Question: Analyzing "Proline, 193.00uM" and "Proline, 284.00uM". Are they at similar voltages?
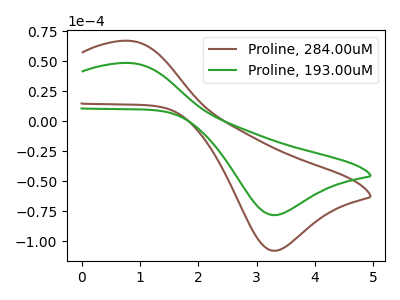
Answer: <think>The brown curve "Proline, 284.00uM" has an anodic peak at (0.80V, 67.25uA) and a cathodic peak at (3.30V, -107.95uA). The green curve "Proline, 193.00uM" has an anodic peak at (0.80V, 48.70uA) and a cathodic peak at (3.30V, -78.20uA).
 All the peaks in "Proline, 193.00uM" have a peak in "Proline, 284.00uM" at the same potential. Every peak in "Proline, 193.00uM" is lower than every peak in "Proline, 284.00uM".</think>
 <answer>"Proline, 193.00uM" and "Proline, 284.00uM" are similar in shape.</answer>
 <eval>same_shape</eval>